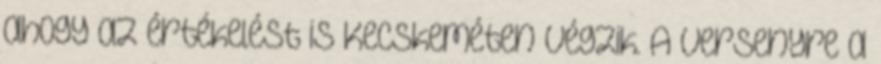
ahogy az értékelést is Kecskeméten végzik. A versenyre a